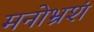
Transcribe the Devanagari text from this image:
मनोभ्रशं